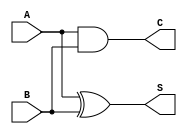
module half_adder(A, B, S, C);
    //what are the input ports.
    input A;
    input B;
    //What are the output ports.
    output S;
    output C;
    //reg S,C; NOT NEEDED will cause error
     //Implement the Sum and Carry equations using Structural verilog
     xor x1(S,A,B); //XOR operation (S is output not a input)
     and a1(C,A,B); //AND operation 
 endmodule

//Declare the ports for the full adder module
module full_adder( A, B, Cin, S, Cout); // (Port names)

    //what are the input ports.
    input A;
    input B;
    input Cin;

    //What are the output ports.
    output S;
    output Cout;
    //reg  A,B,Cin; //(Doesn't need to be reg, it will cause an error
    wire Sa1, Ca1, Ca2;    
     //Two instances of half adders used to make a full adder
     half_adder a1(.A(A),.B(B),.S(Sa1),.C(Ca1)); //S to Sa1 to match diagram
     half_adder a2(.A(Sa1),.B(Cin),.S(S),.C(Ca2));
     or  o1(Cout,Ca1,Ca2);
 endmodule

module my32bitadder(output [31:0] O, output c, input [31:0] A, B, input S);
//wires for connecting output to input
	wire Cout0in1, Cout1in2, Cout2in3, Cout3in4, Cout4in5, Cout5in6, Cout6in7, Cout7in8,
 	Cout8in9, Cout9in10, Cout10in11, Cout11in12, Cout12in13, Cout13in14, Cout14in15;
	wire Cout15in16, Cout16in17, Cout17in18, Cout18in19, Cout19in20, Cout20in21, Cout21in22,
	Cout22in23, Cout23in24, Cout24in25, Cout25in26, Cout26in27, Cout27in28, Cout28in29, Cout29in30, Cout30in31;

	full_adder Add0 ( A[0], B[0], S, O[0], Cout0in1); 
	full_adder Add1 ( A[1], B[1], Cout0in1, O[1], Cout1in2); 
	full_adder Add2 ( A[2], B[2], Cout1in2, O[2], Cout2in3); 
	full_adder Add3 ( A[3], B[3], Cout2in3, O[3], Cout3in4); 
	full_adder Add4 ( A[4], B[4], Cout3in4, O[4], Cout4in5); 
	full_adder Add5 ( A[5], B[5], Cout4in5, O[5], Cout5in6); 
	full_adder Add6 ( A[6], B[6], Cout5in6, O[6], Cout6in7); 
	full_adder Add7 ( A[7], B[7], Cout6in7, O[7], Cout7in8); 
	full_adder Add8 ( A[8], B[8], Cout7in8, O[8], Cout8in9); 
	full_adder Add9 ( A[9], B[9], Cout8in9, O[9], Cout9in10); 
	full_adder Add10 ( A[10], B[10], Cout9in10, O[10], Cout10in11); 
	full_adder Add11 ( A[11], B[11], Cout10in11, O[11], Cout11in12);
	full_adder Add12 ( A[12], B[12], Cout11in12, O[12], Cout12in13); 
	full_adder Add13 ( A[13], B[13], Cout12in13, O[13], Cout13in14); 
	full_adder Add14 ( A[14], B[14], Cout13in14, O[14], Cout14in15);  
	full_adder Add15 ( A[15], B[15], Cout14in15, O[15], Cout15in16);  
	full_adder Add16 ( A[16], B[16], Cout15in16, O[16], Cout16in17);  
	full_adder Add17 ( A[17], B[17], Cout16in17, O[17], Cout17in18);  
	full_adder Add18 ( A[18], B[18], Cout17in18, O[18], Cout18in19);  
	full_adder Add19 ( A[19], B[19], Cout18in19, O[19], Cout19in20);  
	full_adder Add20 ( A[20], B[20], Cout19in20, O[20], Cout20in21);  
	full_adder Add21 ( A[21], B[21], Cout20in21, O[21], Cout21in22);
	full_adder Add22 ( A[22], B[22], Cout21in22, O[22], Cout22in23);
	full_adder Add23 ( A[23], B[23], Cout22in23, O[23], Cout23in24);
	full_adder Add24 ( A[24], B[24], Cout23in24, O[24], Cout24in25);
	full_adder Add25 ( A[25], B[25], Cout24in25, O[25], Cout25in26);
	full_adder Add26 ( A[26], B[26], Cout25in26, O[26], Cout26in27);
	full_adder Add27 ( A[27], B[27], Cout26in27, O[27], Cout27in28);
	full_adder Add28 ( A[28], B[28], Cout27in28, O[28], Cout28in29);
	full_adder Add29 ( A[29], B[29], Cout28in29, O[29], Cout29in30);
	full_adder Add30 ( A[30], B[30], Cout29in30, O[30], Cout30in31);
	full_adder Add31 ( A[31], B[31], Cout30in31, O[31], c);
endmodule

module myexp(output reg[31:0] O, output reg Done, output Cout, input [15:0] A, B, input Load,Clk,Reset,Cin);
reg[1:0] state;
reg[31:0] A_reg, B_reg, A_temp, O_reg, B_temp,C_reg;
wire[31:0] O_temp;

my32bitadder dut1(O_temp, Cout, A_temp, B_temp, Cin);

always@(posedge Clk)
begin
if(Reset)
state <= 0;
else
case(state)
	0: if(Load)begin
		A_reg <= A; 
		B_reg <= A; 
		C_reg <= B;
		O_reg <= A; 
		A_temp <= A;
		state <= 1;
                Done <= 0;
                O <= 0;
		end
	1: begin
		//A_temp <= A_reg; 
		B_temp <= O_reg; 
		B_reg <= B_reg - 1; 
		state <= 2;
		end
	2: begin
		O_reg <= O_temp;
		if(B_reg>1) state <= 1;
		else begin
			state <= 3; 
			//Done <= 1;
			O <= O_temp;
			C_reg <= C_reg - 1;
			end
		end
	3: begin
		O_reg <= O_temp; //RELOAD
		if(C_reg>1)  
			begin
			B_reg <= A;
			A_temp <= O_temp;
			state <= 1;
			end
		else begin
			state <= 4; 
			Done <= 1;
			O <= O_temp;
			end
		end
	4: begin
		Done <= 0; 
		state <= 0;
		end

endcase
end
endmodule


module myexp_tb;
reg clk, reset, load, cin;
reg [15:0] a, b;
wire done, cout;
wire[31:0] out;

myexp dut(out, done, cout, a, b, load, clk, reset, cin);

always #5 clk = ~clk;
initial
begin
clk = 0;
cin = 0;
reset = 1;
load = 1;
a = 16'd9; 
b = 16'd3;
#10 reset = 0;
#10 load = 0;
#400 $display (" A = %d, B = %d, O = %d", a, b, out);

#10 $finish;
end
endmodule

module fullsubtractor (output [15:0] O, input [15:0] x, y );
 
assign O = x - y;
 
endmodule


module mymodfunc(output reg[15:0] O, output reg Done, input [15:0] A, B, input Load,Clk,Reset);
reg[1:0] state;
reg[15:0]  A_temp, O_reg, B_temp;
wire[15:0] O_temp;

fullsubtractor dut1(O_temp,  A_temp, B_temp);

always@(posedge Clk)
begin
if(Reset)
state <= 0;
else
case(state)
	0: if(Load)begin
		A_temp <= A; 
		B_temp <= B; 
		O_reg <= A; 
		state <= 1;
                Done <= 0;
                O <= 0;
		end
	1: begin
		A_temp <= O_reg;  
		state <= 2;
		end
	2: begin
		O_reg <= O_temp;
		if(A_temp>B) state <= 1;
		else begin
			state <= 3; 
			Done <= 1;
			O <= A_temp;
			end
		end
	3: begin
		Done <= 0; 
		state <= 0;
		end

endcase
end
endmodule

module mymodfunc_tb;
reg clk, reset, load;
reg [15:0] a, b;
wire done;
wire[15:0] out;

mymodfunc mod1(out, done, a, b, load, clk, reset);

always #5 clk = ~clk;
initial
begin
clk = 0;
reset = 1;
load = 1;
a = 16'd1456; 
b = 16'd9;
#10 reset = 0;
#10 load = 0;
#3400 $display (" %d module %d = %d", a, b, out);

#10 $finish;
end
endmodule

module proj2 (output reg[15:0] Cal_val, output reg Cal_done, input [15:0] private_key, 
public_key, message_val, input clk,Start,Rst);
reg [15:0] pvt,pub,msg,part1;
reg load,reload, cin=0;
wire [31:0] expout;
wire [15:0] modout;
wire expdone, cout,moddone;
reg [3:0] state;

myexp ex1(expout, expdone, cout, msg, pvt, load, clk, Rst, cin);
mymodfunc dut(modout, moddone, part1, pub, reload, clk, Rst);

always@(posedge clk)
begin
if(Rst)
	state <= 0;
else
case(state)

0: if (Start) begin
	Cal_val <=0;
	Cal_done <=0;
	pvt <= private_key;
	pub <= public_key;
 	msg <= message_val;
	state <= 1;
	end
1: begin 
	load <=1; 
	state <=2;
	end

2: begin 
	load <=0; 
	state <=3;
	end
3: begin 
	if (expdone) begin 
		state <= 4; 
		part1 <= expout;
			end
	else state <=3; 
	end
4: begin
	reload <=1;
	state <=5;
	end
5: begin
	reload <=0;
	state <=6;
	end
6: begin
	if (moddone) state <= 7;
	else state <=6;
	end
7: begin
	Cal_val <=modout;
	Cal_done <=1;
	state <=0;
	end
endcase 
end
endmodule


module proj2_tb;
reg clock, rst, start;
reg [15:0] msg,prv,pub;
wire done;
wire[15:0] out;

proj2 dut(out, done, prv, pub, msg, clock, start, rst);

always #5 clock = ~clock;

always @(proj2_tb.dut.state)
case (proj2_tb.dut.state)
0: $display($time," Capture_state");
1: $display($time," Exponent_state1");
2: $display($time," Exponent_state2");
3: $display($time," Exponent_state3");
4: $display($time," Mod_state1");
5: $display($time," Mod_state2");
6: $display($time," Mod_state3");
7: $display($time," Cal_done");
endcase

initial begin
clock = 0;
rst = 1;
start = 1;
prv = 16'd3; 
pub = 16'd33;
msg = 16'd9;
#10 rst = 0;
#10 start = 0;
#970 $display ("INPUTS: \nMessage    %d \nPrivate Key%d \nPublic Key  %d \n-----------------\nOUTPUT:    %d\n", msg, prv, pub, out);
#10 $finish;
end
endmodule